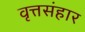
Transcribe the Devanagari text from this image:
वृत्तसंहार